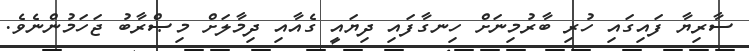
ސާރިޔާ ފައިގައި ހުރި ބާރުމިނަށް ހިނގާފައި ދިޔައީ ގެއާއި ދިމާލަށް މިޞްރާބު ޖަހަމުންނެވެ.